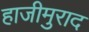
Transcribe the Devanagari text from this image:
हाजीमुराद